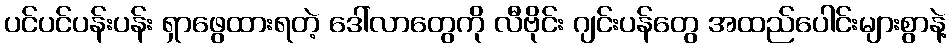
ပင်ပင်ပန်းပန်း ရှာဖွေထားရတဲ့ ဒေါ်လာတွေကို လီဗိုင်း ဂျင်းပန်တွေ အထည်ပေါင်းများစွာနဲ့